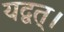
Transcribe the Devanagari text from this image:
यद्वत्।